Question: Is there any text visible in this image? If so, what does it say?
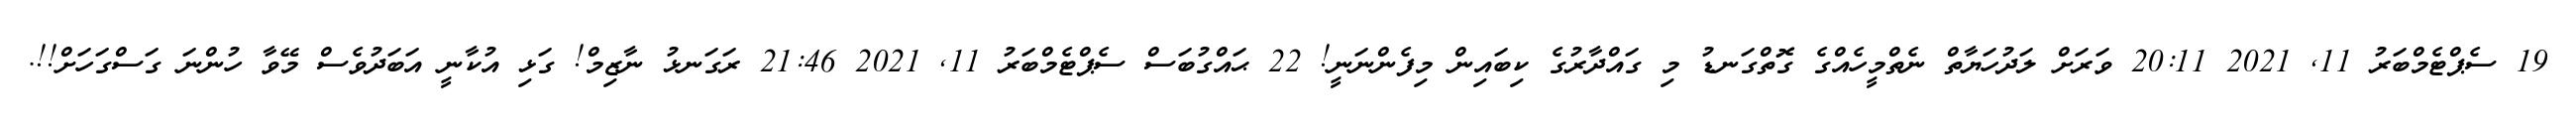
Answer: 19 ސެޕްޓެމްބަރު 11, 2021 20:11 ވަރަށް ލަދުހަޔާތް ނެތްމީހެއްގެ ގޮތްގަނޑު މި ގައްދާރުގެ ކިބައިން މިފެންނަނީ! 22 ޙައްގުބަސް ސެޕްޓެމްބަރު 11, 2021 21:46 ރަގަނޅު ނާޒިމް! ގަޅި އުކާނީ އަބަދުވެސް މޭވާ ހުންނަ ގަސްގަހަށް!!.